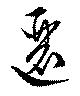
邐